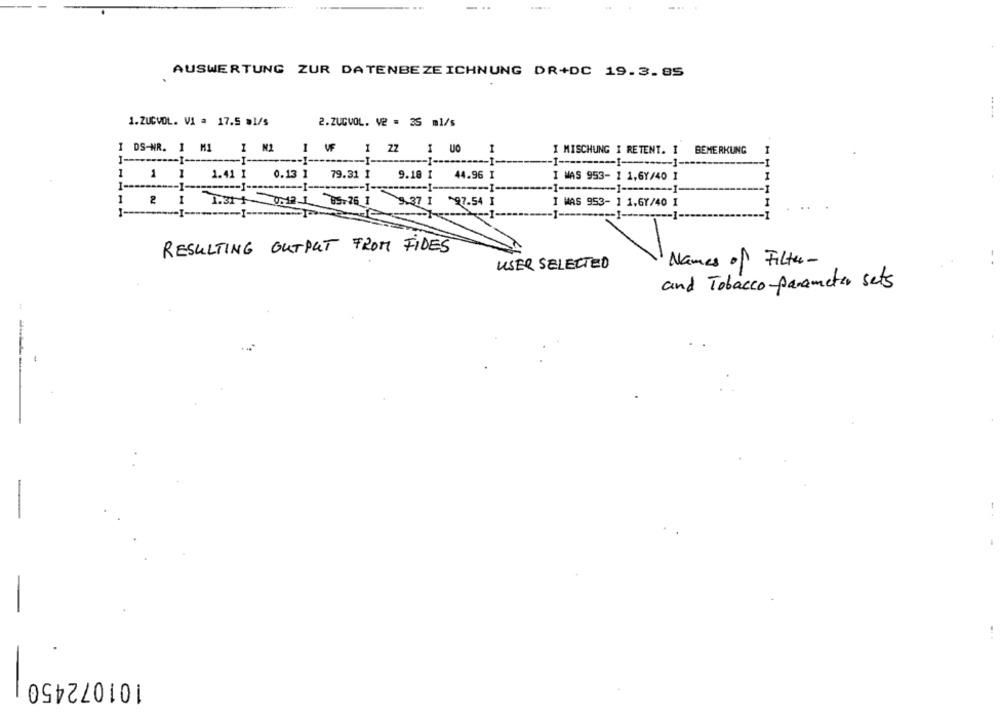
AUSWERTUNG ZUR DATENBEZEICHNUNG DR+DC 19.3.85
1.ZUCVOL. V1 = 17.5 ml/s
2.ZUCVOL. V2 = 25 ml/s
I DS-NR. 1 M1
I M1
I WF
I ZZ
I UO
1
I MISCHUNG I RETENT. I BEMERKUNG
1 ---
-I ---
-I-
1
1 1
1.41 1
0.13 1
79.31 1
9.18 I
44.96 I
I WAS 953- 1 1,6Y/40 I
1-
-1-
---- 1-
1
2 1
1.31 1 0M2.1 75.76 1
3.37 1 97.54 1
I WAS 953- 1 1.67/40 I
i-
--- 1-
1-
RESULTING OUTPUT FROM FIDES
USER SELECTED
Names of Filter-
and Tobacco-parameter sets
101072450